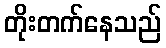
တိုးတက်နေသည်